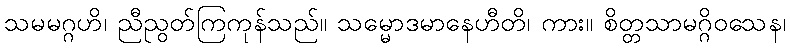
သမမဂ္ဂဟိ၊ ညီညွတ်ကြကုန်သည်။ သမ္မောဒမာနေဟီတိ၊ ကား။ စိတ္တသာမဂ္ဂိဝသေန၊